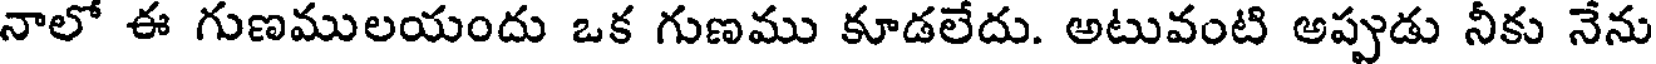
నాలో ఈ గుణములయందు ఒక గుణము కూడలేదు. అటువంటి అప్పుడు నీకు నేను